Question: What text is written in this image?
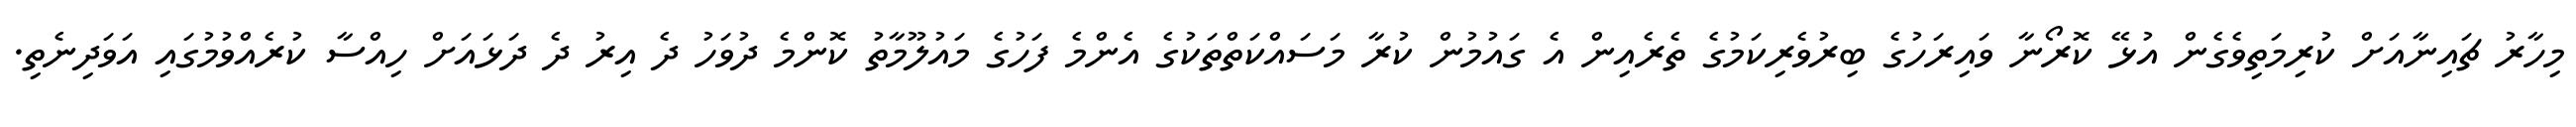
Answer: މިހާރު ޗައިނާއަށް ކުރިމަތިވެގެން އުޅޭ ކޮރޯނާ ވައިރަހުގެ ބިރުވެރިކަމުގެ ތެރެއިން އެ ގައުމުން ކުރާ މަސައްކަތްތަކުގެ އެންމެ ފަހުގެ މައުލޫމާތު ކޮންމެ ދުވަހު ދެ އިރު ދެ ދަޅައަށް ހިއްސާ ކުރެއްވުމުގައި އަވަދިނެތި.